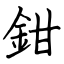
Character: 鉗